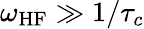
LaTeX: \omega_{\mathrm{HF}}\gg 1/\tau_{c}